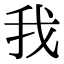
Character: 我